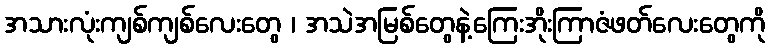
အသားလုံးကျစ်ကျစ်လေးတွေ ၊ အသဲအမြစ်တွေနဲ့ကြေးအိုးကြာဇံဖတ်လေးတွေကို